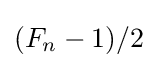
(F_{n}-1)/2